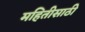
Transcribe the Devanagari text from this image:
महितीसाठी